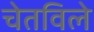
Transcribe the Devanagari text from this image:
चेतविले